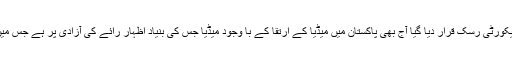
سقراط سے ذوالفقار علی بھٹو اور بے نظیر بھٹو کو ریا ستی اداروں کی جا نب سے غدار اور سیکورٹی رسک قرار دیا گیا آج بھی پاکستان میں میڈیا کے ارتقا کے با وجود میڈیا جس کی بنیاد اظہار ِرائے کی آزادی پر ہے جس میں اختلا ف رائے کو احترام دیتے ہوئے دلیل اور منطق کی بنیا د پر جواب دینے کی روایت ہے ۔